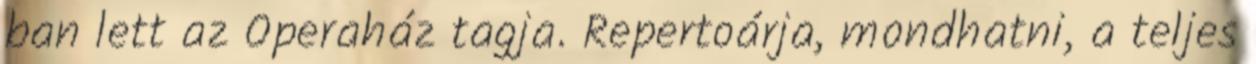
ban lett az Operaház tagja. Repertoárja, mondhatni, a teljes